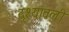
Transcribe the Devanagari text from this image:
दृश्‍यावली